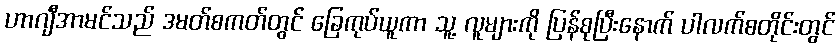
ဟာဂျီအာမင်သည် ဒမတ်စကတ်တွင် ခြေကုပ်ယူကာ သူ့ လူများကို ပြန်စုပြီးနောက် ပါလက်စတိုင်းတွင်